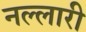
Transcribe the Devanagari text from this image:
नल्लारी